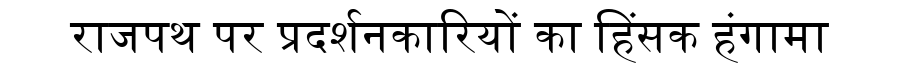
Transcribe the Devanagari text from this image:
राजपथ पर प्रदर्शनकारियों का हिंसक हंगामा